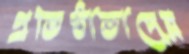
প্রতিষ্ঠাতাদের